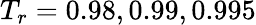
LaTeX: T_{r}=0.98,0.99,0.995